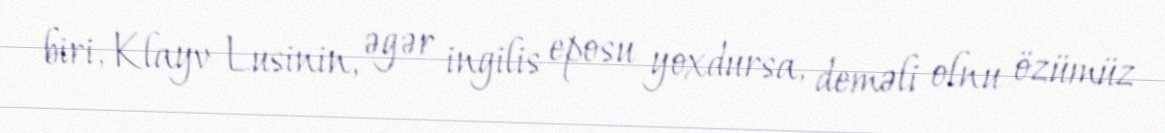
biri, Klayv Lusinin, əgər ingilis eposu yoxdursa, deməli olnu özümüz